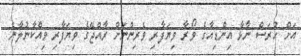
އަށް ހުރަސް ނާޅާ އިންޑިއާގެ ވޯރާ ވިޔަފާރި ވެރިންނަށް ރާއްޖޭގެ ވިޔަފާރި ވިއްކާނުލާނެ